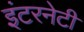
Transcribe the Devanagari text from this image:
इंटरनेटी